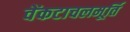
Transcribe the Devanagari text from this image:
वेंकटाचलमूर्ति